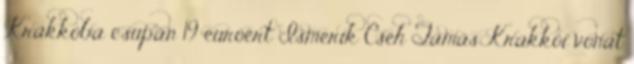
Krakkóba csupán 19 euróért Ismerik Cseh Tamás Krakkói vonat